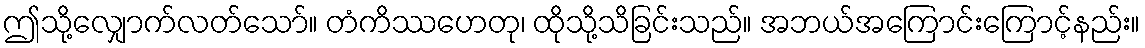
ဤသို့လျှောက်လတ်သော်။ တံကိဿဟေတု၊ ထိုသို့သိခြင်းသည်။ အဘယ်အကြောင်းကြောင့်နည်း။